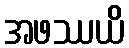
အဖဿယိ